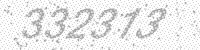
Solution: 332313